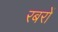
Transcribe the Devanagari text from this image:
रबरों